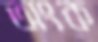
অংক